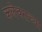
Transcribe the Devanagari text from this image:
कलेवराच्या